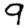
Digit: 9